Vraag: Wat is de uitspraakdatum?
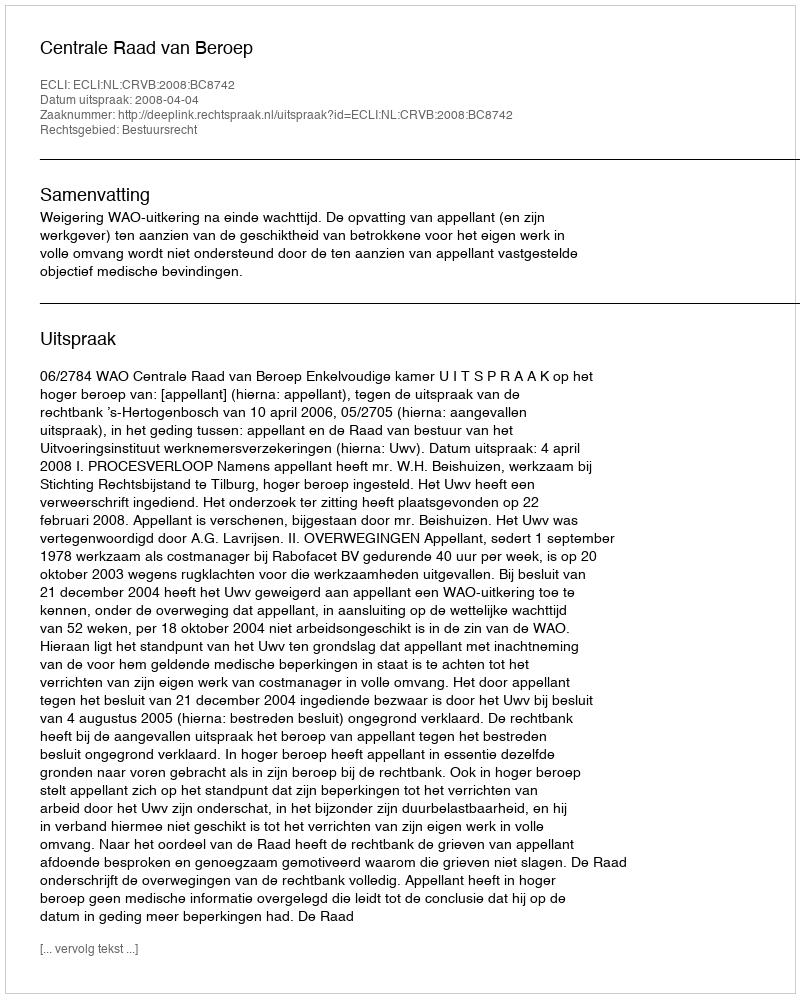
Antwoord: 2008-04-04